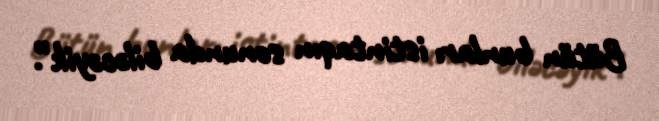
Bütün bunları istintaqın sonunda biləcəyik”.